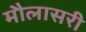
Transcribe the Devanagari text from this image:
मौलासरी